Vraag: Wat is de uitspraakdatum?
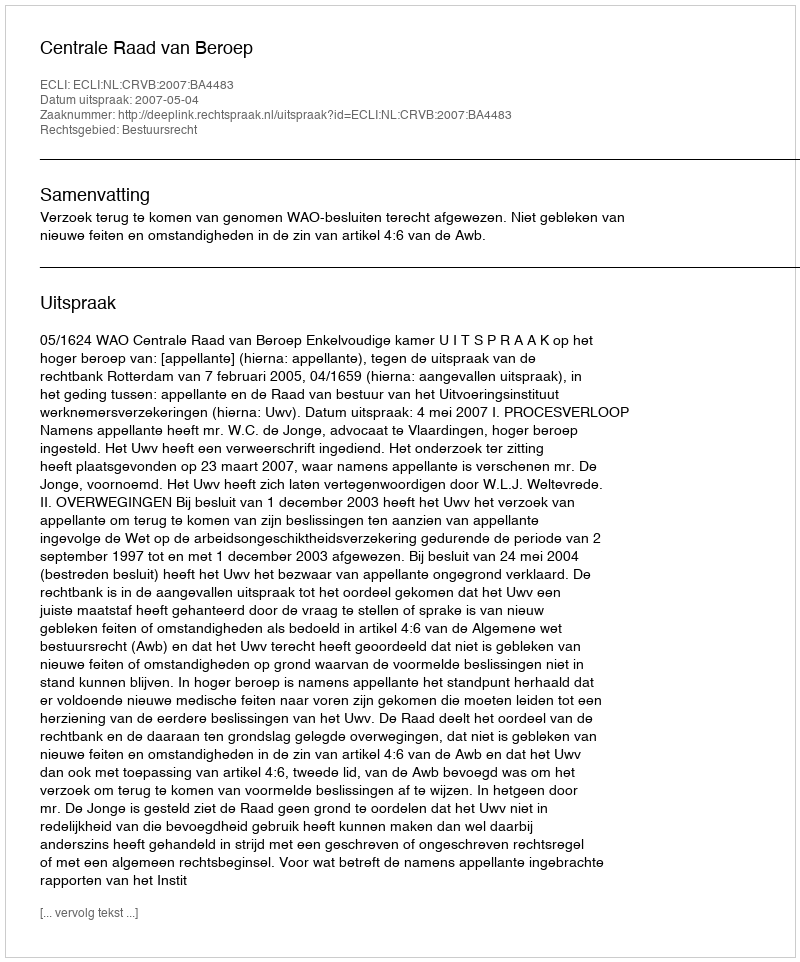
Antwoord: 2007-05-04